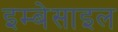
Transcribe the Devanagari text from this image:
इम्बेसाइल